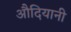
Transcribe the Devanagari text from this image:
औदियानी